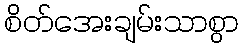
စိတ်အေးချမ်းသာစွာ